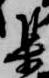
集